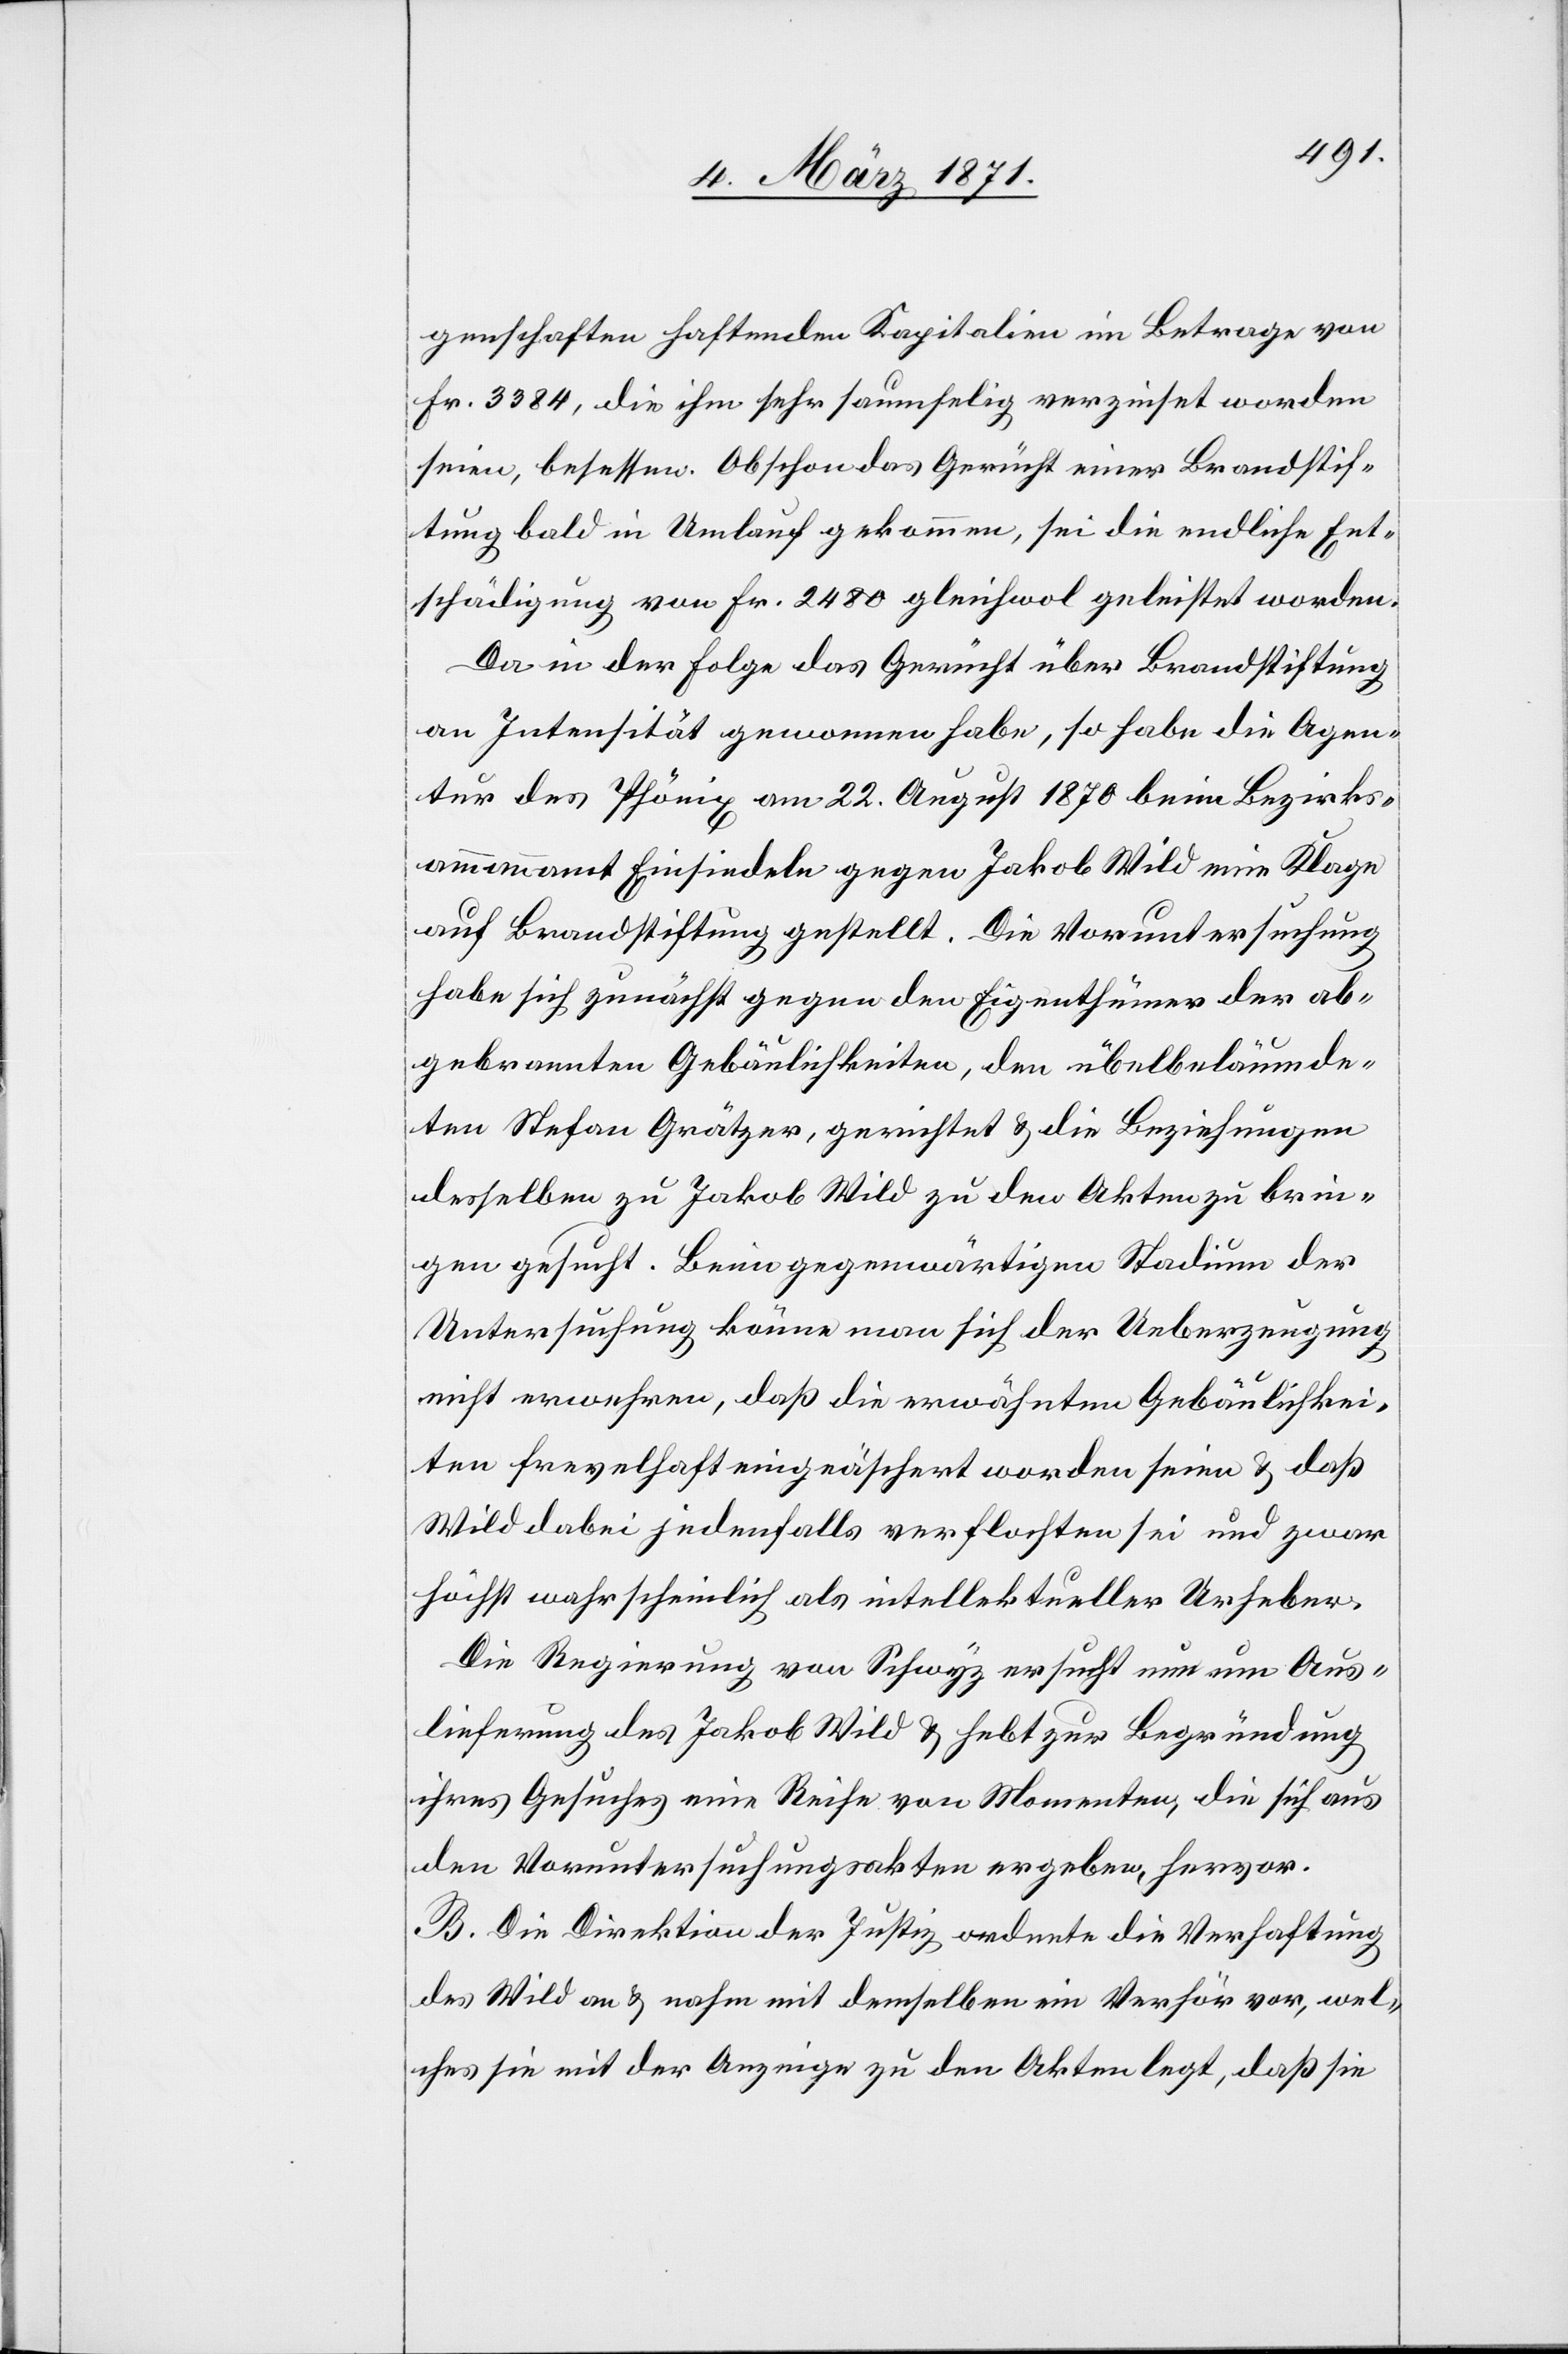
genschaften haftenden Kapitalien im Betrage von
Fr. 3384, die ihm sehr saumselig verzinst worden
seien, besessen. Obschon das Gerücht einer Brandstif¬
tung bald in Umlauf gekommen, sei die endliche Ent¬
schädigung von Fr. 2480 gleichwol geleistet worden.
Da in der Folge das Gerücht über Brandstiftung
an Intensität gewonnen habe, so habe die Agen¬
tur des Phönix am 22. August 1870 beim Bezirks¬
ammannamt Einsiedeln gegen Jakob Wild eine Klage
auf Brandstiftung gestellt. Die Voruntersuchung
habe sich zunächst gegen den Eigenthümer der ab¬
gebrannten Gebäulichkeiten, den übelbeläumde¬
ten Stefan Grätzer, gerichtet u. die Beziehungen
desselben zu Jakob Wild zu den Akten zu brin¬
gen gesucht. Beim gegenwärtigen Stadium der
Untersuchung könne man sich der Ueberzeugung
nicht erwehren, daß die erwähnten Gebäulichkei¬
ten frevelhaft eingeäschert worden seien u. daß
Wild dabei jedenfalls verflochten sei und zwar
höchst wahrscheinlich als intellektueller Urheber.
Die Regierung von Schwyz ersucht nun um Aus¬
lieferung des Jakob Wild u. hebt zur Begründung
ihres Gesuches eine Reihe von Momenten, die sich aus
den Voruntersuchungsakten ergeben, hervor.
B. Die Direktion der Justiz ordnete die Verhaftung
des Wild an u. nahm mit demselben ein Verhör vor, wel¬
ches sie mit der Anzeige zu den Akten legt, daß sie